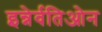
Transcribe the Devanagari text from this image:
इन्नेर्वतिओन